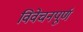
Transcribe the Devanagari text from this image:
विवेचनपूर्ण